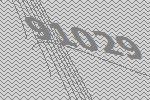
91029